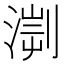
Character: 𣹨